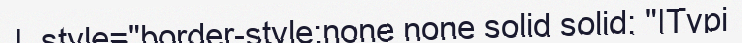
|  style="border-style:none none solid solid; "|Түрі